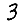
Digit: 3